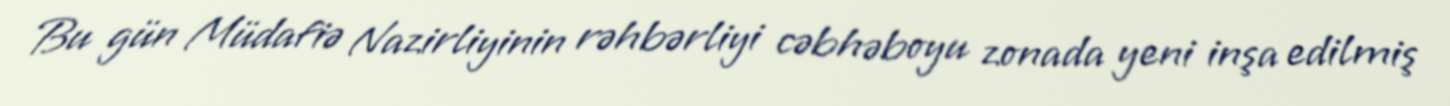
Bu gün Müdafiə Nazirliyinin rəhbərliyi cəbhəboyu zonada yeni inşa edilmiş